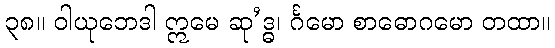
၃၈။ ဝါယုဘေဒါ ဣမေ ဆု’ဒ္ဓ၊ င်္ဂမော စာဓောဂမော တထာ။